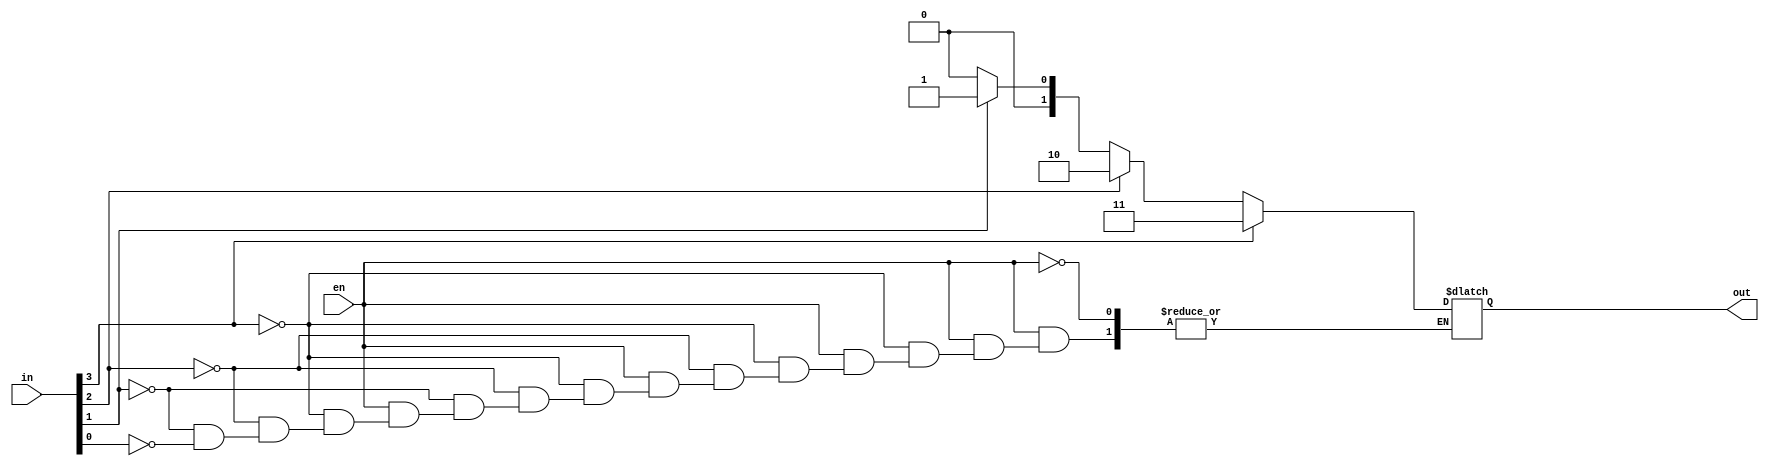
module encoder4_2(in,out,en);
    input [3:0] in;
    input en;
    output [1:0] out;
    always @ (*)
    begin
        if (en) begin
            if (in[3]) out = 2'b11;
            else if (in[2]) out = 2'b10;
            else if (in[1]) out = 2'b01;
            else if (in[0]) out = 2'b00;
        end
    end
endmodule